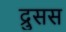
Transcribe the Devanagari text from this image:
द्रुसस